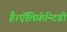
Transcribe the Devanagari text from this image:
है।ऍलिफ़ॅन्टिडी